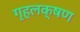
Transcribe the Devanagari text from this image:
गृहलक्षण